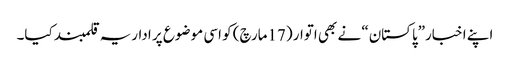
اپنے اخبار”پاکستان“ نے بھی اتوار (17مارچ) کو اسی موضوع پر اداریہ قلمبند کیا۔